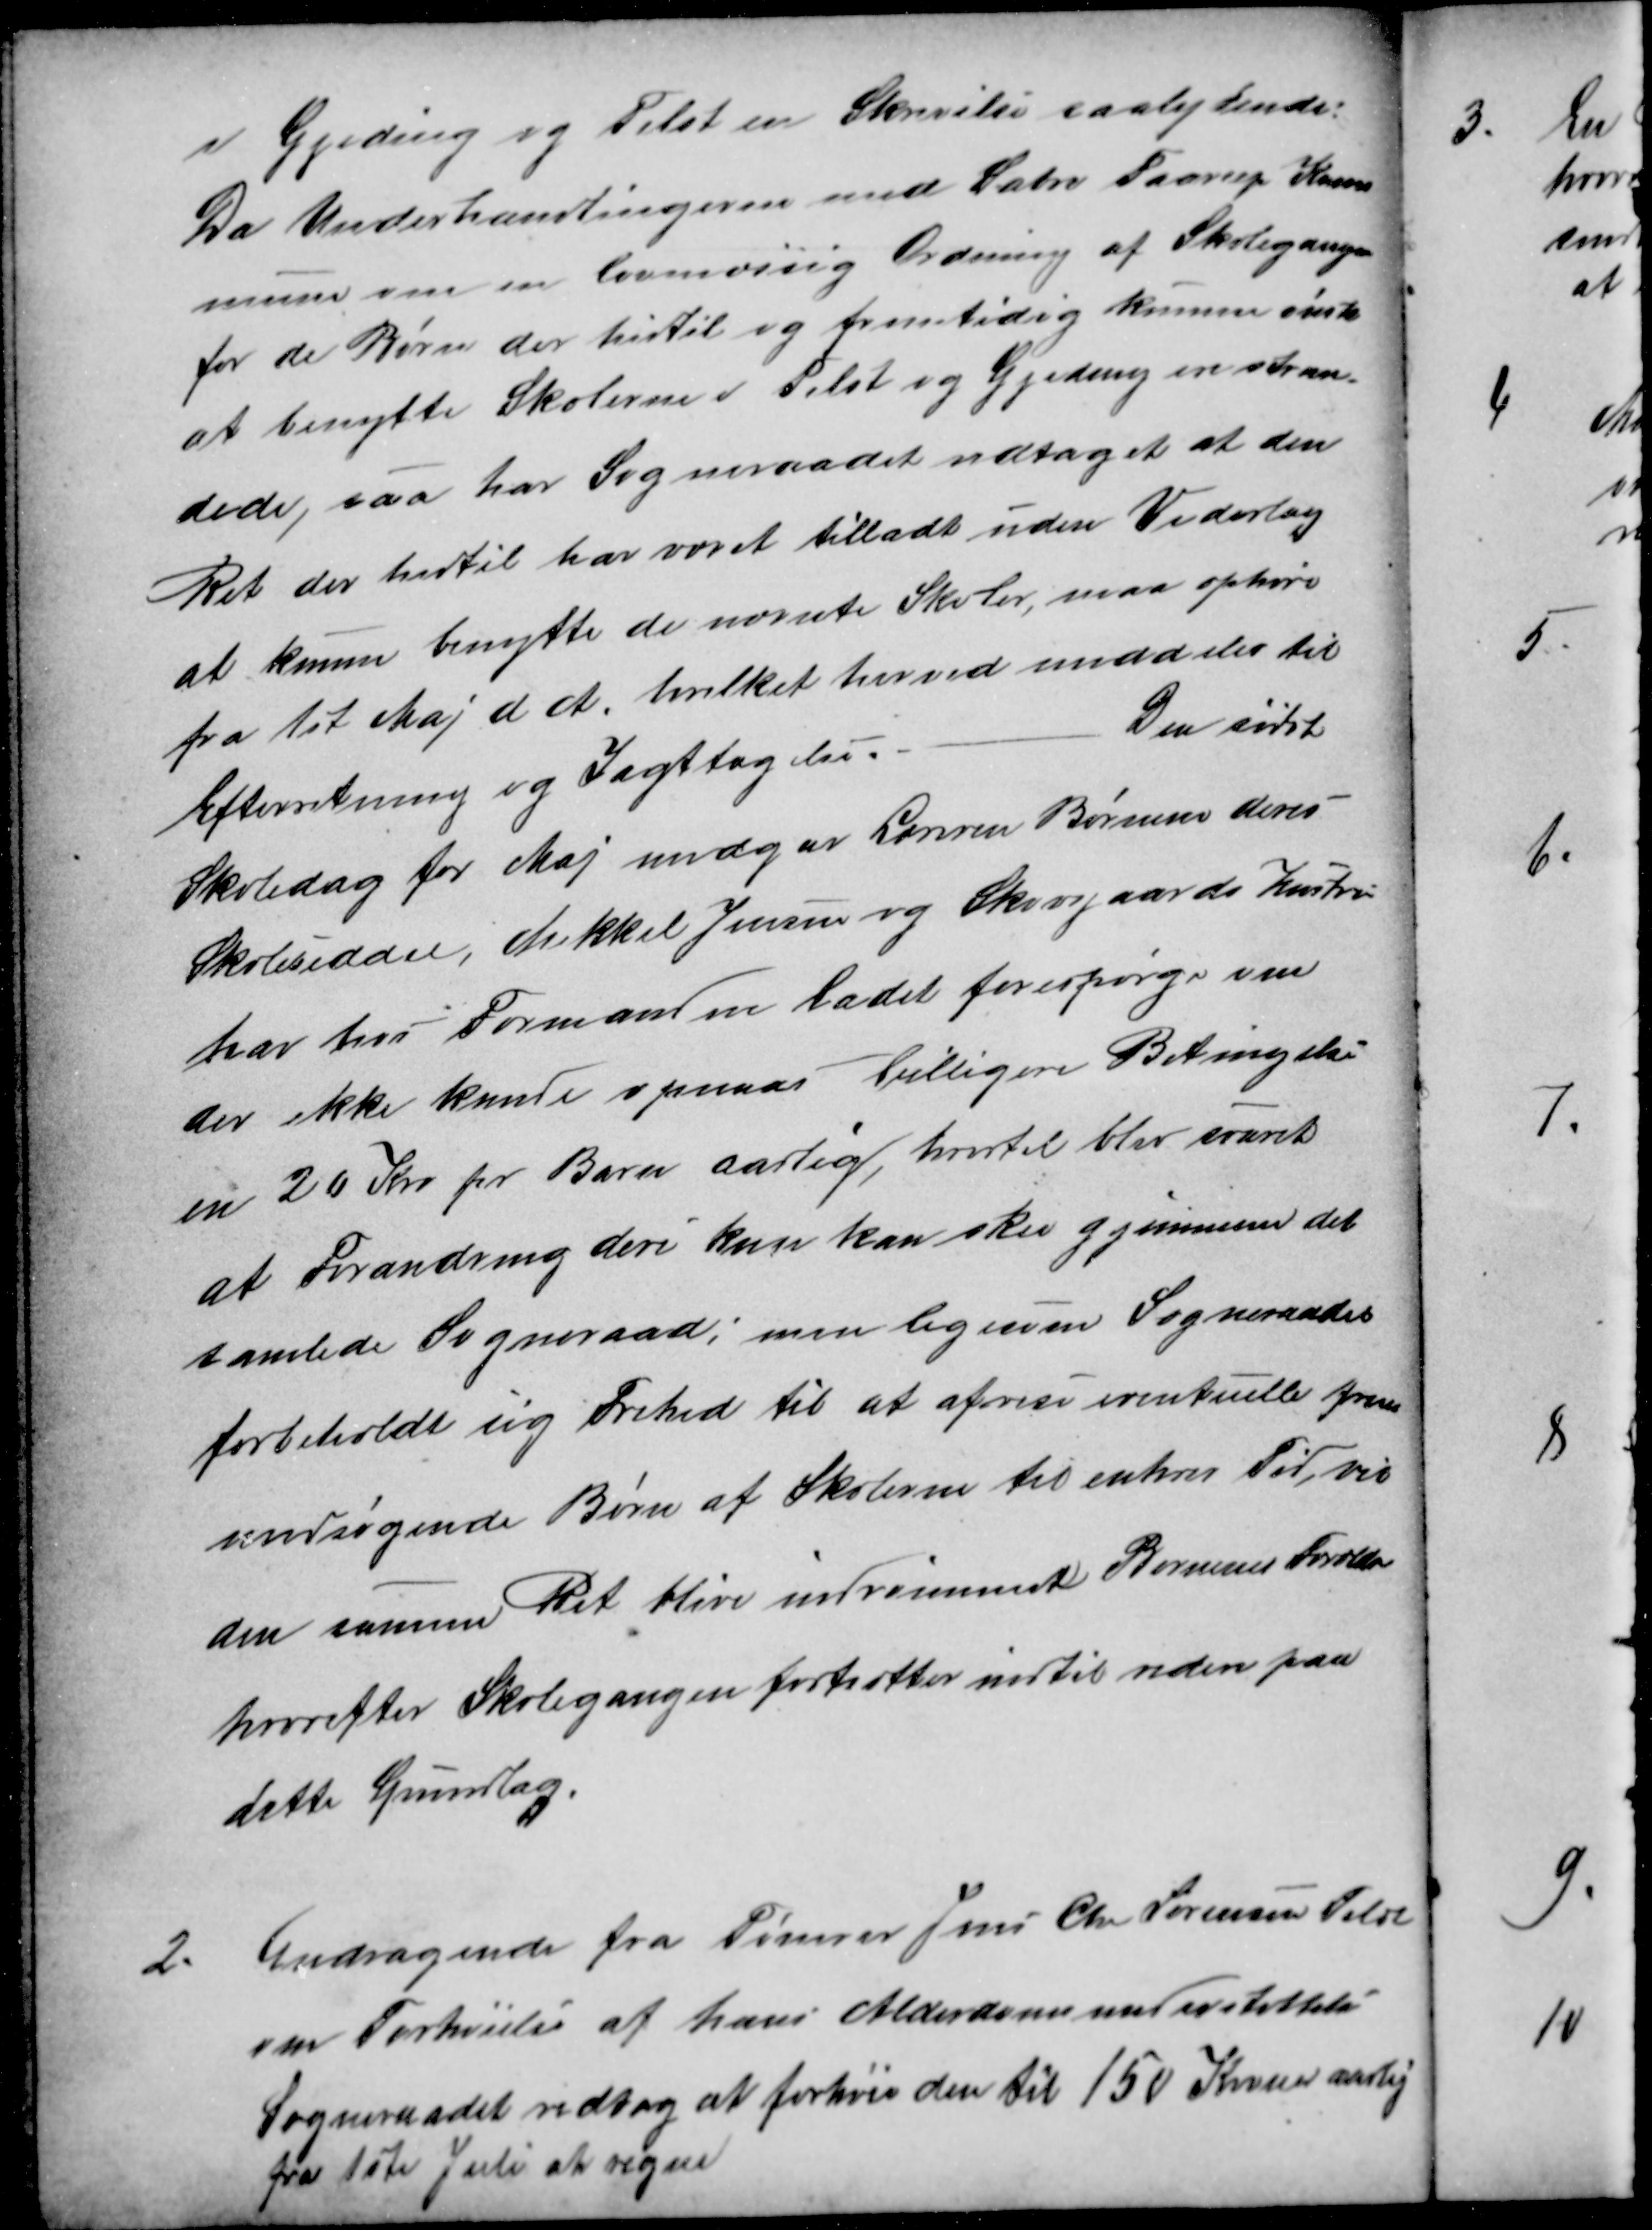
Transskription:
i Gjeding og Tilst en Skrivelse saalydende:
Da Underhandlingerne med Sabro Faarup Kom
mune om en lovmæssig Ordning af Skolegangen
for de Børn der hidtil og fremtidig kunne ønske
at benytte Skolerne i Tilst og Gjeding ere stran-
dede, saa har Sogneraadet vedtaget at den
Ret der hidtil har været tilladt uden Vederlag
at kunne benytte de nævnte Skoler, maa ophøre
fra 1st Maj d A. hvilket herved meddeles til
Efterretning og Iagttagelse.
Den sidste
Skoledag for Maj undgav Læreren Børnene deres
Skoleseddel, Mikkel Jensen og Skovsgaards Hustruer
har hos Formanden ladet forespørge om
der ikke kunde opnaas billigere Betingelser
en 20 Kro pr Barn aarlig, hvortil blev svaret
at Forandring deri kun kan ske gjennem det
samlede Sogneraad; men ligesom Sogneraadet
forbeholdt sig Frihed til at afvise eventuelle frem-
medsøgende Børn af Skolerne til enhver Tid, vil
den samme Ret blive indrømmet Børnenes Forældre
hvorefter Skolegangen fortsætter indtil videre paa
dette Grundlag.
2.
Andragende fra Tømrer Jens Chr Sørensen Tilst
om Forhøielse af hans Alderdomsunderstøttelse
Sogneraadet vedtog at forhøie den til 150 Kroner aarlig
fra 1ste Juli at regne